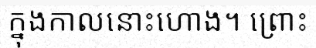
ក្នុងកាលនោះហោង។ ព្រោះ